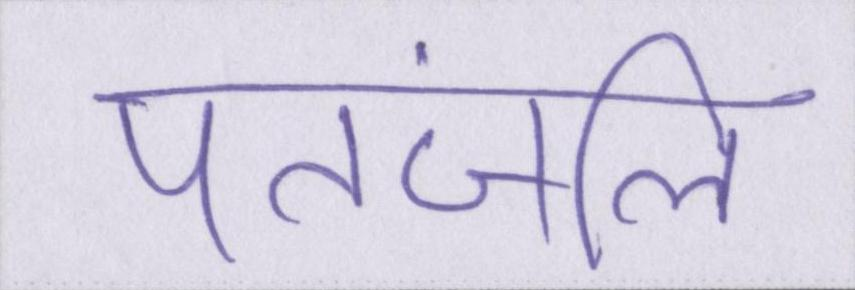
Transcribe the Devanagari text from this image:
पतंजलि